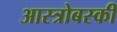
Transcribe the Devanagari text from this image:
आस्त्रोबस्की